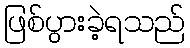
ဖြစ်ပွားခဲ့ရသည်